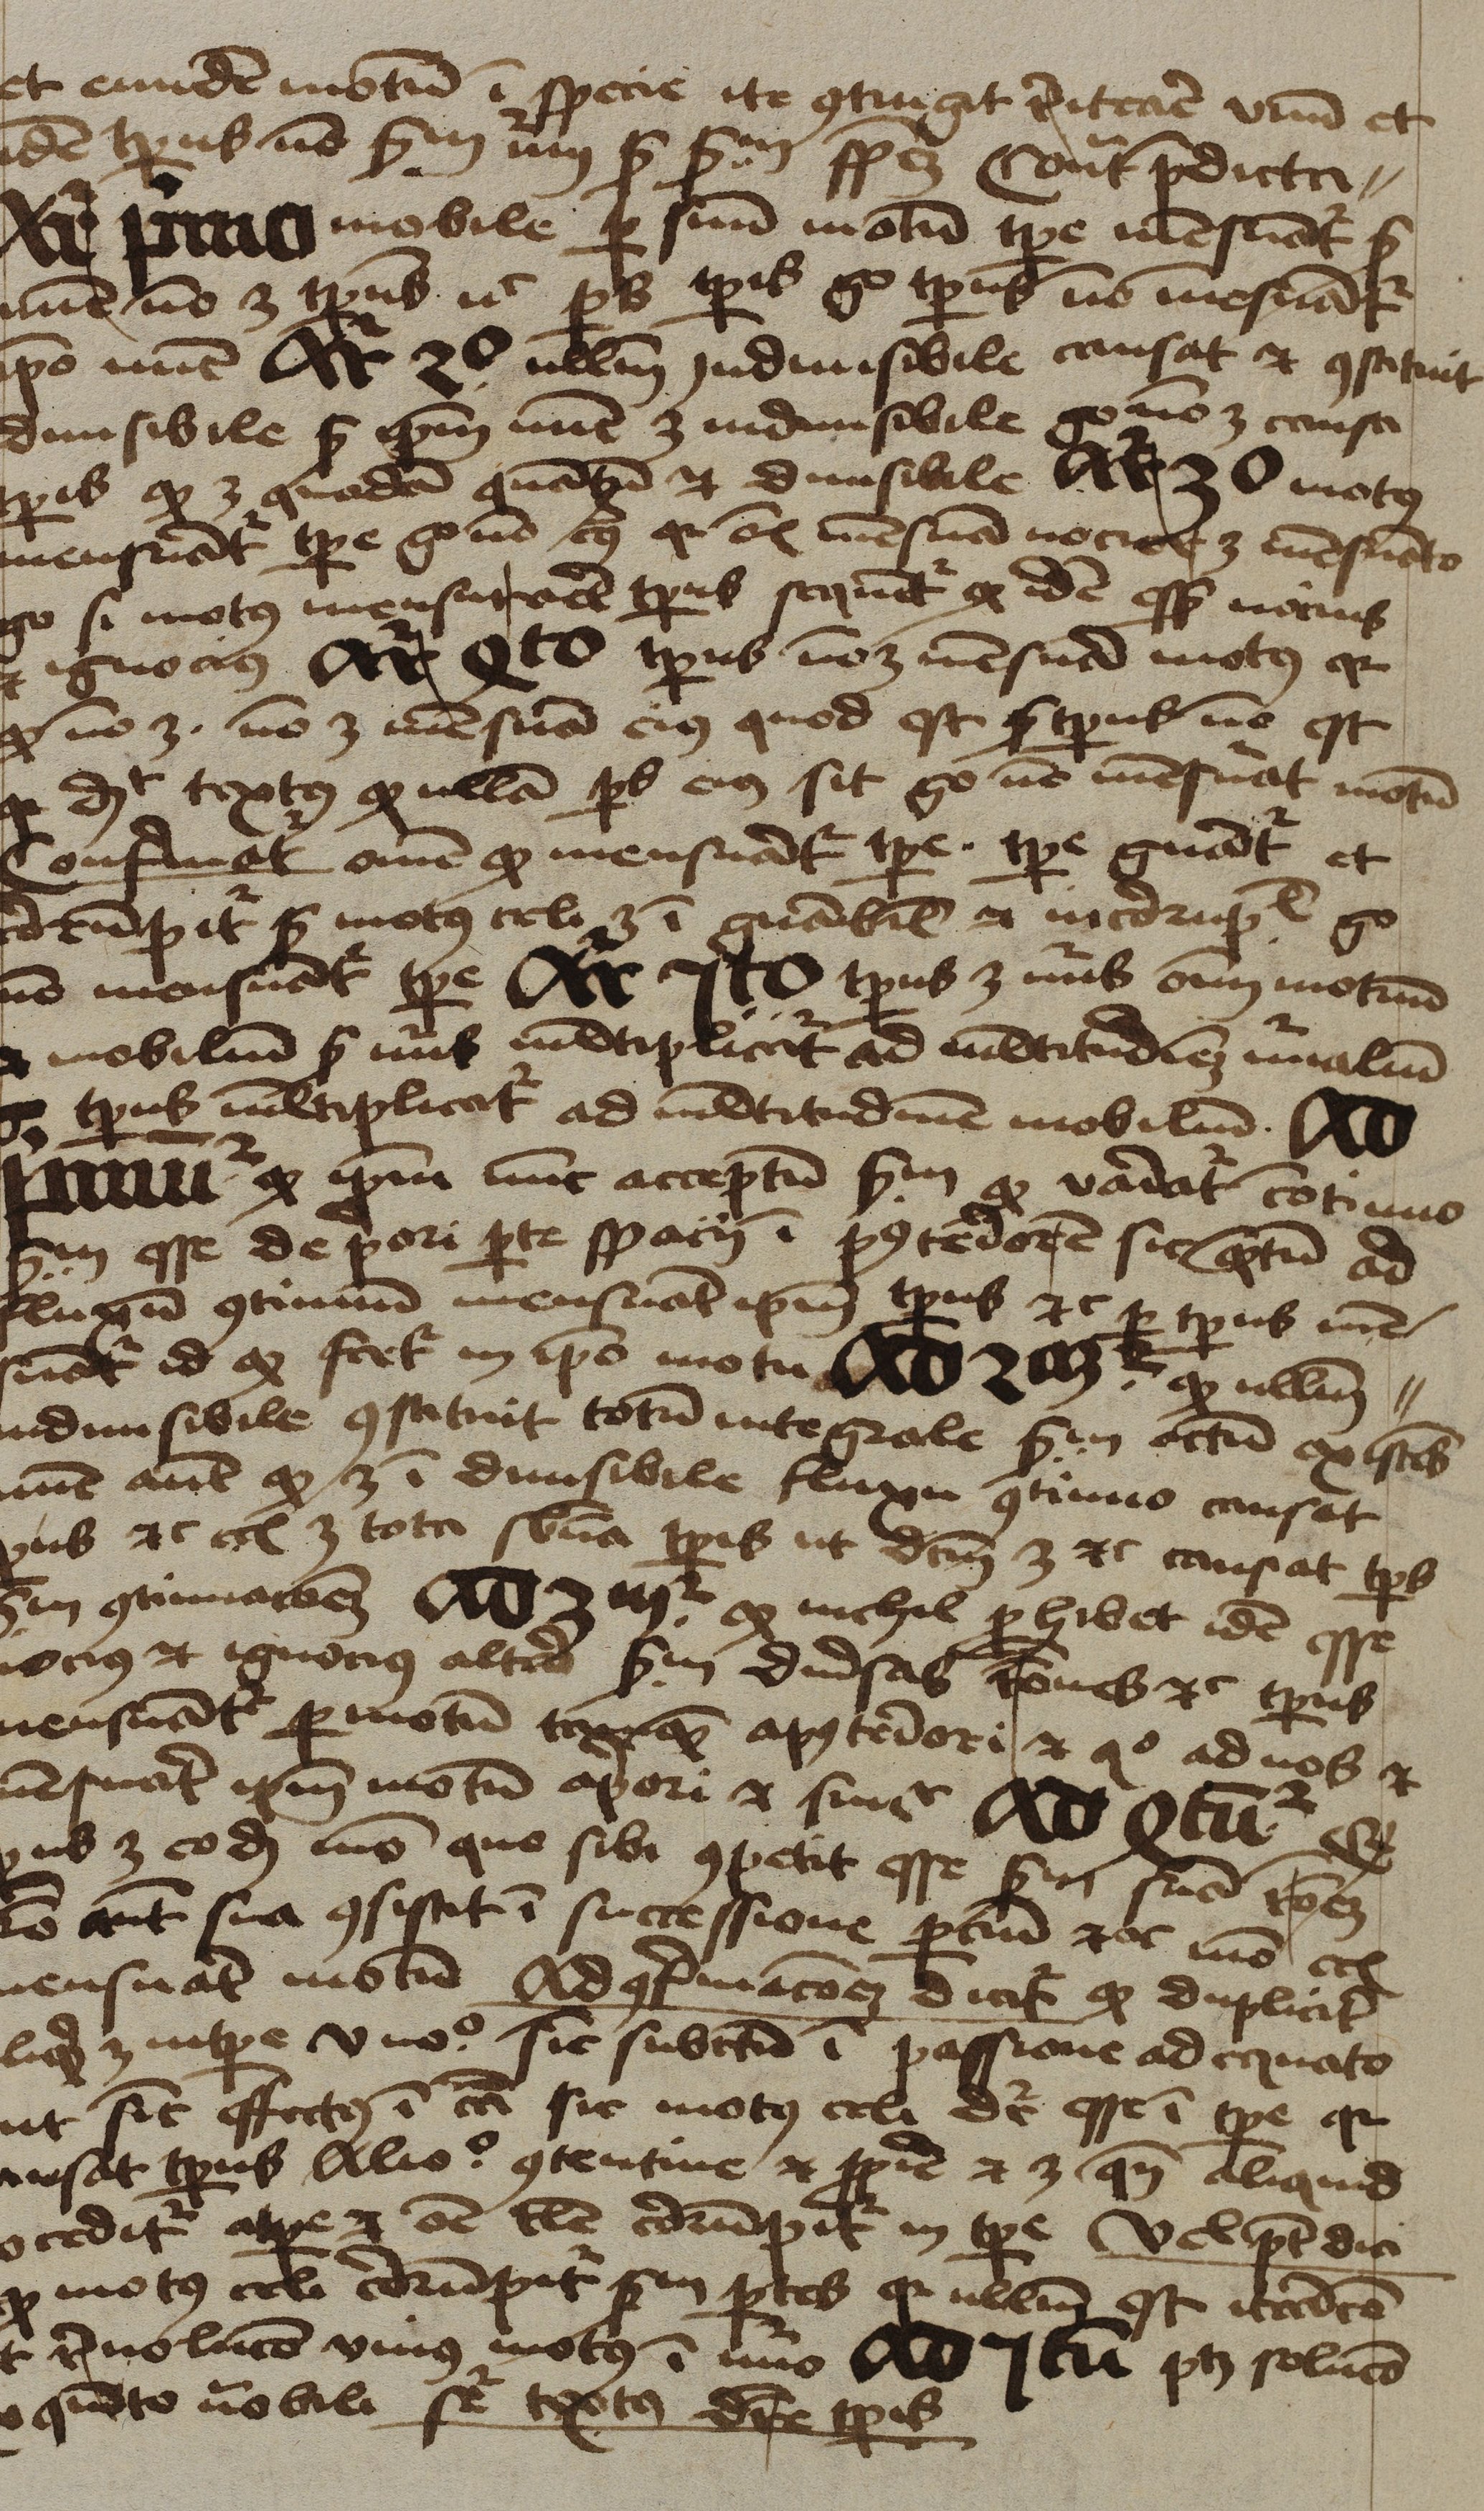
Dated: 1450–1474